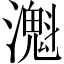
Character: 𤁔